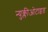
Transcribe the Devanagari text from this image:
न्युक्लीओटाइड